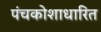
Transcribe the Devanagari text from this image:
पंचकोशाधारित